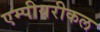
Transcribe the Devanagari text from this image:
एम्पीयरीकल